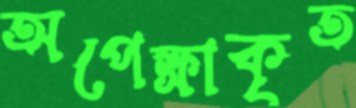
অপেক্ষাকৃত